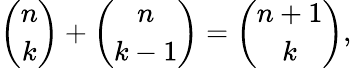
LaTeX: {\binom{n}{k}}+{\binom{n}{k-1}}={\binom{n+1}{k}},